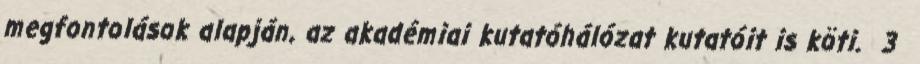
megfontolások alapján, az akadémiai kutatóhálózat kutatóit is köti. 3